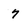
Character: 7